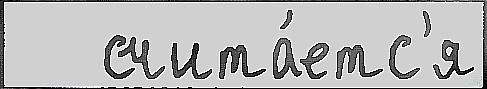
   счита́етс'я